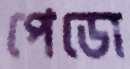
পেডো